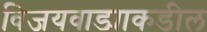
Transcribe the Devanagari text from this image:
विजयवाड्याकडील